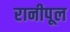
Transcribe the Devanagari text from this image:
रानीपूल